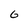
Character: G